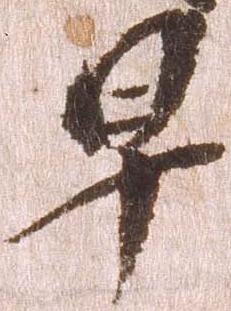
早